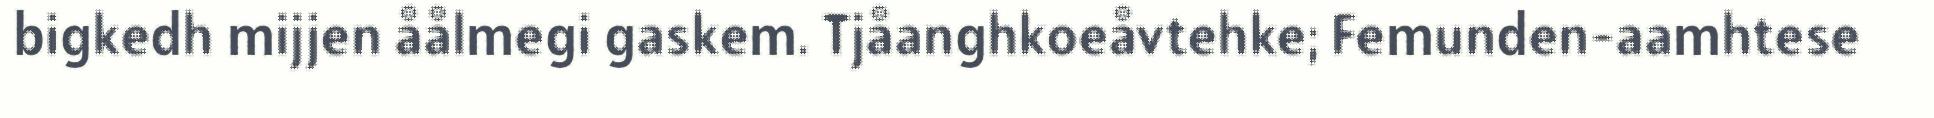
bigkedh mijjen åålmegi gaskem. Tjåanghkoeåvtehke; Femunden-aamhtese